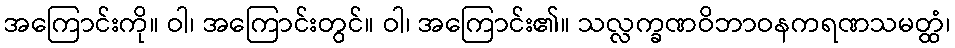
အကြောင်းကို။ ဝါ၊ အကြောင်းတွင်။ ဝါ၊ အကြောင်း၏။ သလ္လက္ခဏဝိဘာဝနကရဏသမတ္ထံ၊